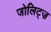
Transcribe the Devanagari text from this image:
जोलिट्ज़